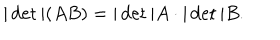
| \det | ( A B ) = | \det | A \cdot | \det | B .